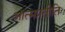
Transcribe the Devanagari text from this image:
आत्मप्रतीति